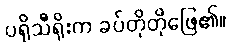
ပရိုသီရိုးက ခပ်တိုတိုဖြေ၏။